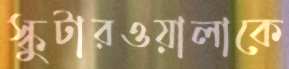
স্কুটারওয়ালাকে